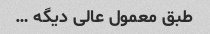
طبق معمول عالی دیگه …